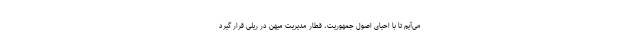
می‌آیم تا با احیای اصول جمهوریت، قطار مدیریت میهن در ریلی قرار گیرد